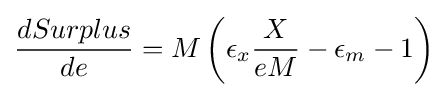
{\frac {dSurplus}{de}}=M\left(\epsilon _{x}{\frac {X}{eM}}-\epsilon _{m}-1\right)